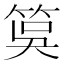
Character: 筽